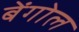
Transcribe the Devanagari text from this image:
बेंगोल